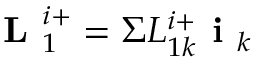
\textbf { L } _ { 1 } ^ { i + } = \Sigma L _ { 1 k } ^ { i + } \textbf { i } _ { k }